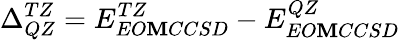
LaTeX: \Delta_{QZ}^{TZ}=E_{EO\mathbf{M}CCSD}^{TZ}-E_{EO\mathbf{M}CCSD}^{QZ}